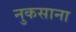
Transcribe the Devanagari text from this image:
नुकसाना